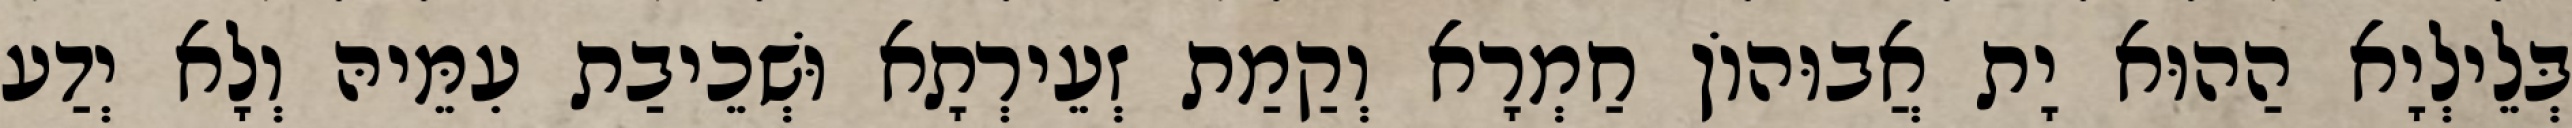
בְּלֵילְיָא הַהוּא יָת אֲבוּהוֹן חַמְרָא וְקַמַת זְעֵירְתָא וּשְׁכֵיבַת עִמֵּיהּ וְלָא יְדַע